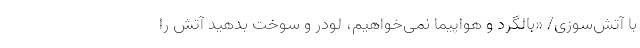
با آتش‌سوزی/ «بالگرد و هواپیما نمی‌خواهیم، لودر و سوخت بدهید آتش را